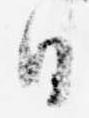
日